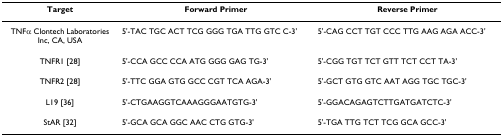
<table><thead><tr><td><b>Target</b></td><td><b>Forward Primer</b></td><td><b>Reverse Primer</b></td></tr></thead><tbody><tr><td>TNFα Clontech Laboratories Inc, CA, USA</td><td>5'-TAC TGC ACT TCG GGG TGA TTG GTC C-3'</td><td>5'-CAG CCT TGT CCC TTG AAG AGA ACC-3'</td></tr><tr><td>TNFR1 [28]</td><td>5'-CCA GCC CCA ATG GGG GAG TG-3'</td><td>5'-CGG TGT TCT GTT TCT CCT TA-3'</td></tr><tr><td>TNFR2 [28]</td><td>5'-TTC GGA GTG GCC CGT TCA AGA-3'</td><td>5'-GCT GTG GTC AAT AGG TGC TGC-3'</td></tr><tr><td>L19 [36]</td><td>5'-CTGAAGGTCAAAGGGAATGTG-3'</td><td>5'-GGACAGAGTCTTGATGATCTC-3'</td></tr><tr><td>StAR [32]</td><td>5'-GCA GCA GGC AAC CTG GTG-3'</td><td>5'-TGA TTG TCT TCG GCA GCC-3'</td></tr></tbody></table>